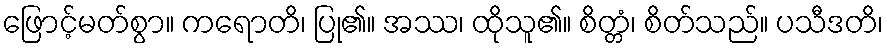
ဖြောင့်မတ်စွာ။ ကရောတိ၊ ပြု၏။ အဿ၊ ထိုသူ၏။ စိတ္တံ၊ စိတ်သည်။ ပသီဒတိ၊